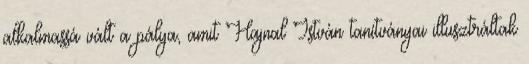
alkalmassá vált a pálya, amit Hajnal István tanítványai illusztráltak